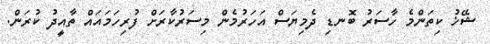
ޝޭޚު ކިތަންމެ ހާސަރު ބޮނޑި ދެމިޔަސް އަހަރުމެން މިސަރުކާރަށް ފުރިހަމައައް ތާއީދު ކުރަން.